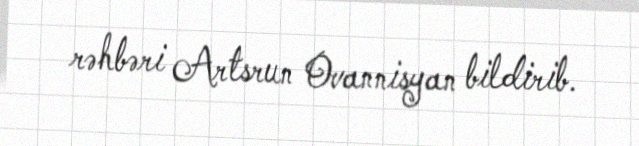
rəhbəri Artsrun Ovannisyan bildirib.